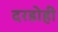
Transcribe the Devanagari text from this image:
दरडोही